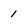
Character: 1